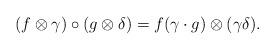
LaTeX: \begin{align*} (f \otimes \gamma) \circ (g \otimes \delta) = f (\gamma \cdot g) \otimes (\gamma \delta).\end{align*}